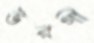
উরগী